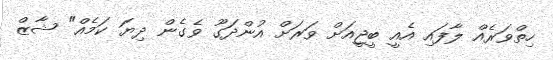
ހިތްވަރެއް ލާފައި އެއީ ބީޖީއަށް ވަރަށް އުންދަގޫ ވެގެން ދިޔަ ކަމެއް" ޝާޒް